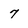
Character: 7